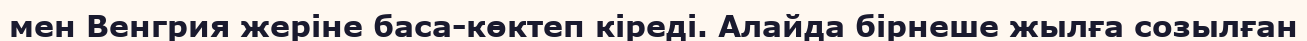
мен Венгрия жеріне баса-көктеп кіреді. Алайда бірнеше жылға созылған